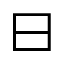
\boxminus